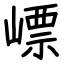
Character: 㟽